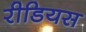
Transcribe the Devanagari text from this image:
रीडियस